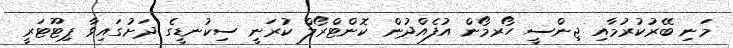
މަނި ބޭރުކުރުމާއި ޖިންސީ ހޯރމޯން އުފެއްދުން ކޮންޓްރޯލް ކުރަނީ ސިކުނޑީގެ ދަށުގައިވާ ޕިޓޫޓަރީ